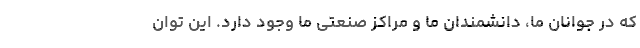
که در جوانان ما، دانشمندان ما و مراکز صنعتی ما وجود دارد. این توان